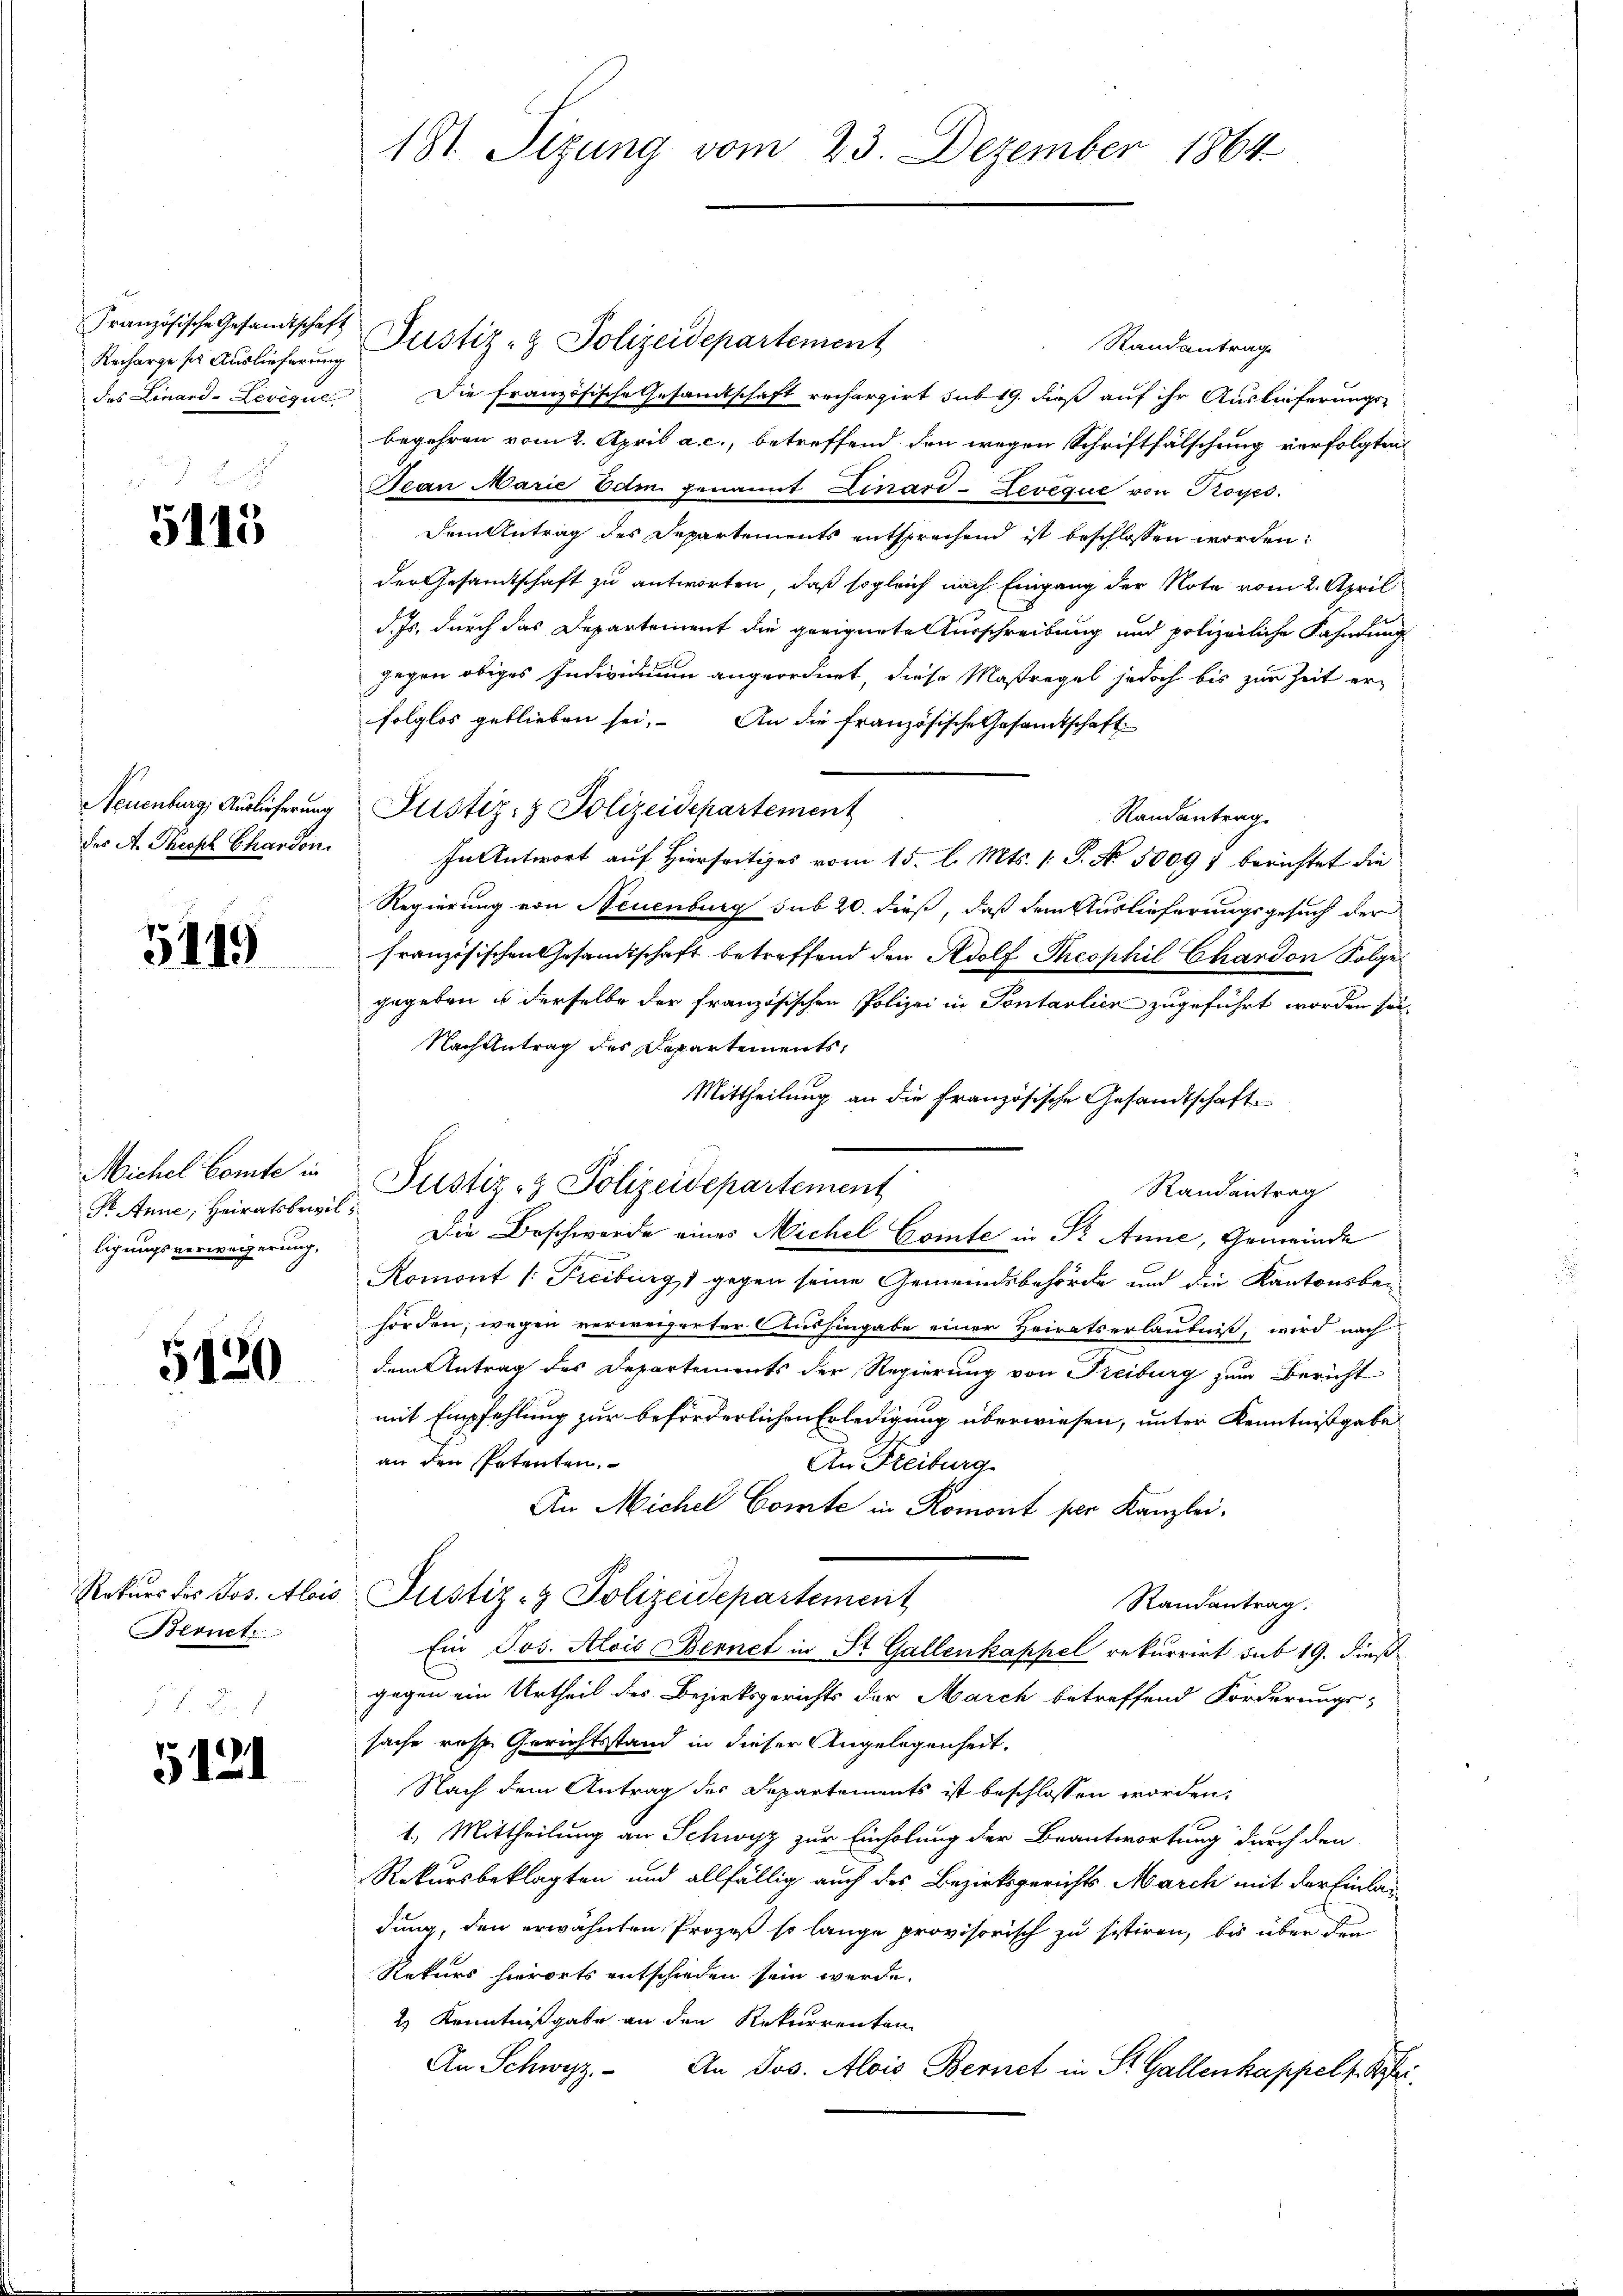
Recharge ses Auslieferung

5115

des A. Theoph Chanden.

5119

Pr. Anne, Heiratsbewilligungsverweigerung,

5120

Bernet
 f. Fr. 7

5121

181. Sizung vom 23. Dezember 1864

Französische Gesandtschaft Justiz- & Polizeidepartement
Randantrag
des Linard-Levique. Die französische Gesandtschaft recherzirt sub 19. dieß auf ihr Auslieferungs-
begehren vom 2. April a. c., betreffend den wegen Schriftfälschung verfolgten
Jean Marie Edm. genannt Linari-Leveque von Royes.
Dem Antrag des Departements entsprechend ist beschlossen worden:
der Gesandtschaft zu antworten, daß sogleich nach Eingang der Note vom 2. April
d. Js. durch das Departement die geeignetenturschreibung und polizeiliche Fahndung
gegen obiges Individuum angeordnet, diese Maßregel jedoch bis zur Zeit erfolglos geblieben sei. An die französische Gesamtschaft
Neuenburg, Auslieferung Justiz- & Polizeidepartement
Randantrag
In Antwort auf Hierseitiges vom 15. l. Mts. 1. P. No. 50097 berichtet die
Regierung von Neuenburg sub 20. dieß, daß dem Auslieferungsgesuch der
französischen Gesamtschaft betreffend den Adolf Theophil Chardon Folge
gegeben u derselbe der französischen Polizei in Pontalien zugeführt worden sei.
Nachzutrag des Departements,
Mittheilung an die französische Gesandtschaft
Randantrag
Die Beschwerde eines Michel Comte in Pr. Anne, Gemeinde
Romont /: Freiburg, 1 gegen seine Gemeindsbehörde und die Kantonsbeihörden, wegen verweigerter Aushingabe einer Heirats erlaubniß, wird nach
dem Antrag des Departements der Regierung von Freiburg zum Bericht
mit Empfehlung zur beförderlichen Erledigung überwiesen, unter Kenntnißgabe
an den Petenten.
An Freiburg
An Michel Comte in Romont per Kanzlei,
Rekŭrs des Jos. Alois Justiz- & Polizeidepartement
Randantrag.
Ein Jos. Alois Bernet in St. Gallenkappel rekurrirt sub 19. dieß
gegen ein Urtheil des Bezirksgerichts der March betreffend Forderungs-
sache resp. Gerichtsstand in dieser Angelegenheit.
Nach dem Antrag des Departements ist beschlossen worden,
1. Mittheilung an Schwyz zur Einholung der Beantwortung durch den
Rekursbeklagten und allfällig auch des Bezirksgerichts March mit der Einlandung, den erwähnten Prozeß so lange provisorisch zu sistiren, bis über den
Rekurs hierorts entschieden sein werde.
2) Kenntnißgabe an den Rekurrenten
An Schwyz. An Jos. Alois Bernet in St. Gallenkappel s. Bei

Michel Comte in Justiz- & Polizeidepartement